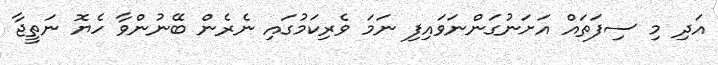
އަދި މި ސިފަތައް އަށަނުގަންނަވައިފި ނަމަ ވެރިކަމުގައި ނެރެން ބޭނުންވާ ހެޔޮ ނަތީޖާ